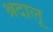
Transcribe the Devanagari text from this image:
श्रदालू